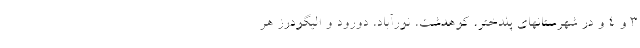
۳ و ۴ و در شهرستانهای پلدختر، کوهدشت، نورآباد، دورود و الیگودرز هر